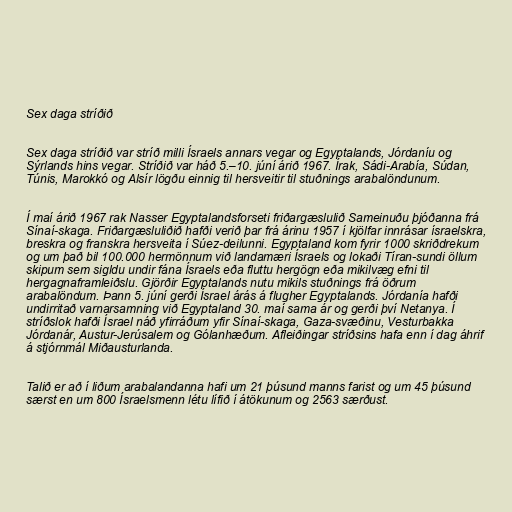
Sex daga stríðið

Sex daga stríðið var stríð milli Ísraels annars vegar og Egyptalands, Jórdaníu og
Sýrlands hins vegar. Stríðið var háð 5.–10. júní árið 1967. Írak, Sádi-Arabía, Súdan,
Túnis, Marokkó og Alsír lögðu einnig til hersveitir til stuðnings arabalöndunum.

Í maí árið 1967 rak Nasser Egyptalandsforseti friðargæslulið Sameinuðu þjóðanna frá
Sínaí-skaga. Friðargæsluliðið hafði verið þar frá árinu 1957 í kjölfar innrásar ísraelskra,
breskra og franskra hersveita í Súez-deilunni. Egyptaland kom fyrir 1000 skriðdrekum
og um það bil 100.000 hermönnum við landamæri Ísraels og lokaði Tíran-sundi öllum
skipum sem sigldu undir fána Ísraels eða fluttu hergögn eða mikilvæg efni til
hergagnaframleiðslu. Gjörðir Egyptalands nutu mikils stuðnings frá öðrum
arabalöndum. Þann 5. júní gerði Ísrael árás á flugher Egyptalands. Jórdanía hafði
undirritað varnarsamning við Egyptaland 30. maí sama ár og gerði því Netanya. Í
stríðslok hafði Ísrael náð yfirráðum yfir Sínaí-skaga, Gaza-svæðinu, Vesturbakka
Jórdanár, Austur-Jerúsalem og Gólanhæðum. Afleiðingar stríðsins hafa enn í dag áhrif
á stjórnmál Miðausturlanda.

Talið er að í liðum arabalandanna hafi um 21 þúsund manns farist og um 45 þúsund
særst en um 800 Ísraelsmenn létu lífið í átökunum og 2563 særðust.